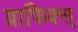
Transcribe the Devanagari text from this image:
ग्राफिक्स्